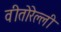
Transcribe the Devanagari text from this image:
वीतोरेल्ली